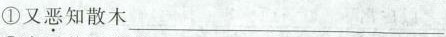
①又\underset{·}{恶}知散木___